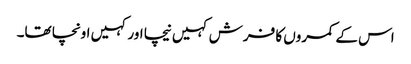
اس کے کمروں کا فرش کہیں نیچا اور کہیں اونچا تھا۔